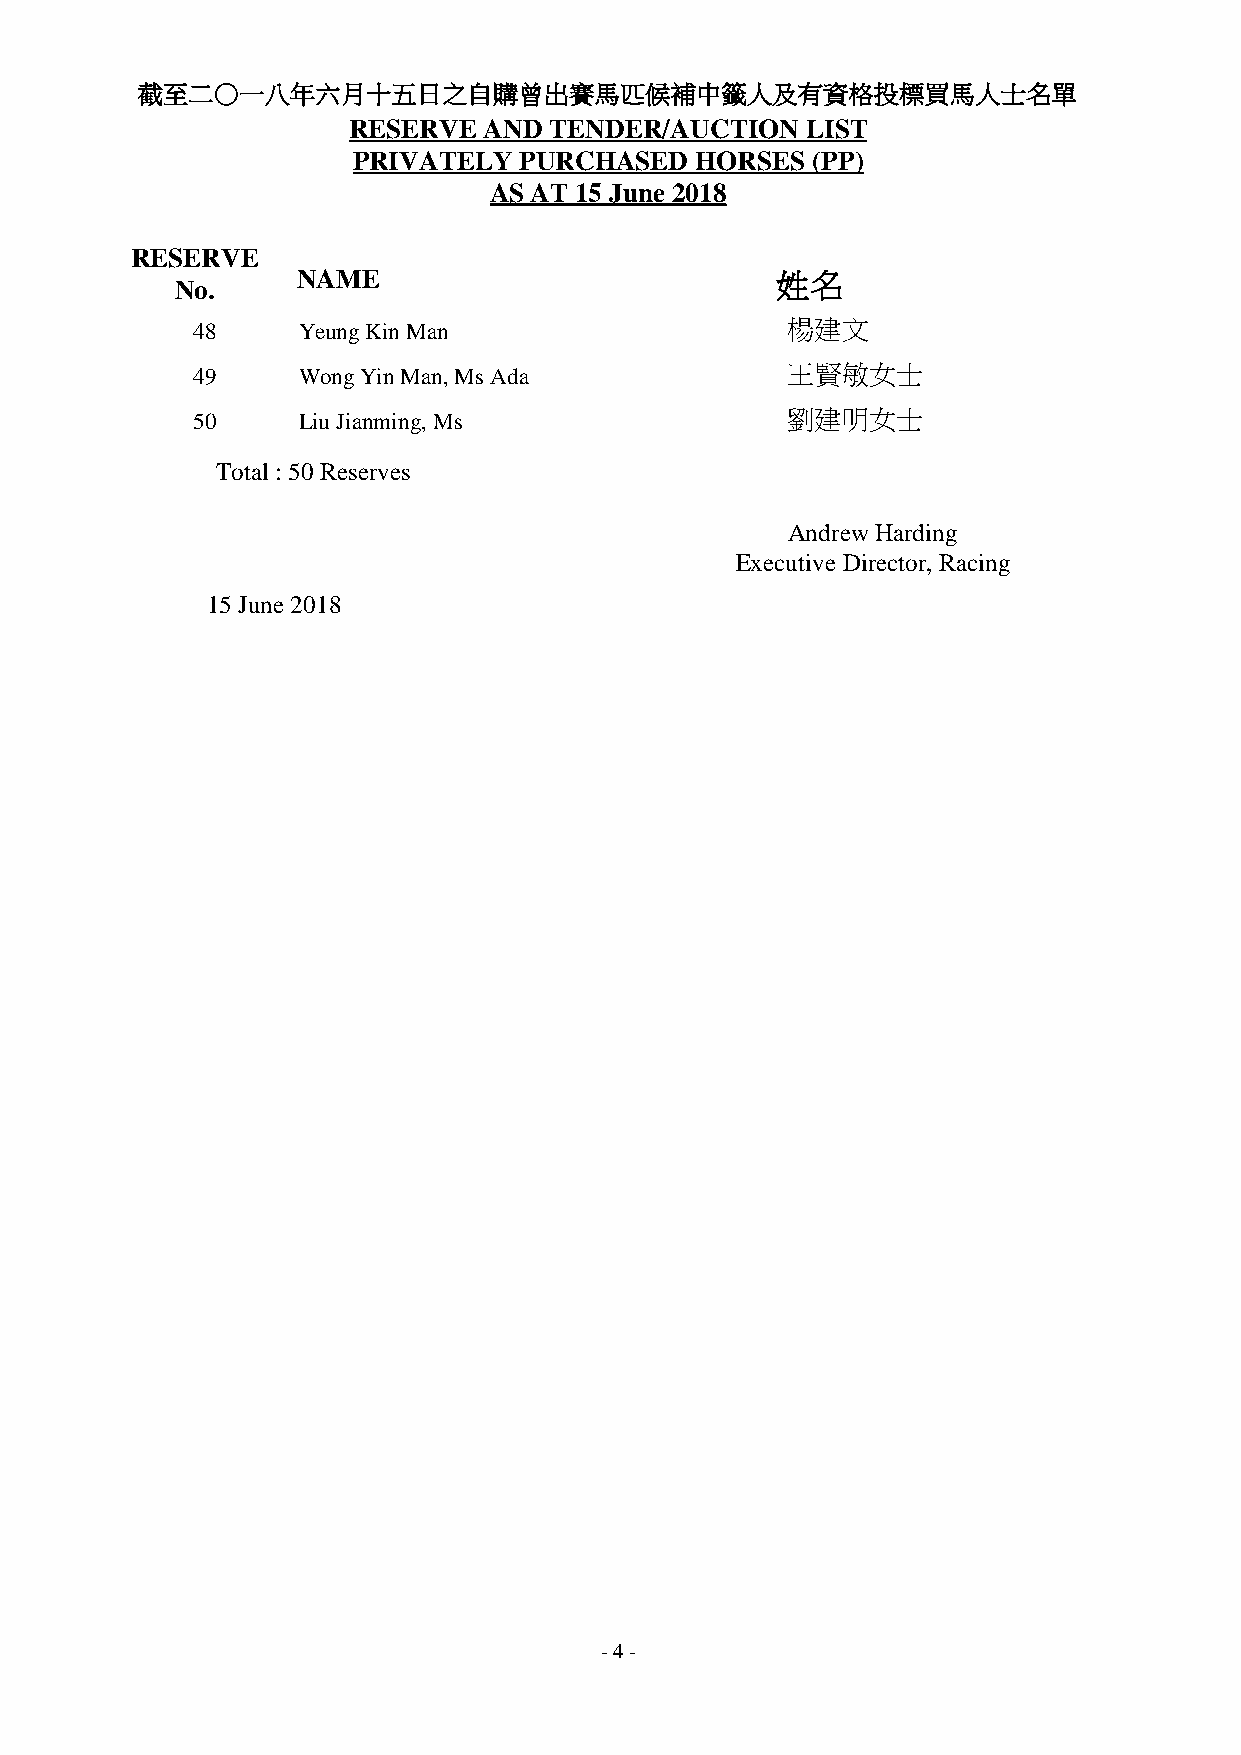
截至二○一八年六月十五日之自購曾出賽馬匹候補中籤人及有資格投標買馬人士名單
 RESERVE  AND TENDER/AUCTION   LIST
 PRIVATELY  PURCHASED   HORSES  (PP)
 AS AT 15 June 2018
 RESERVE
 NAME                           姓名
 No.
 48     Yeung Kin Man                   楊建文
 49     Wong Yin Man, Ms Ada            王賢敏女士
 50     Liu Jianming, Ms                劉建明女士
 Total : 50 Reserves
 Andrew Harding
 Executive Director, Racing
 15 June 2018
 - 4 -